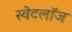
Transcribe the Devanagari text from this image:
स्वेटलॉज